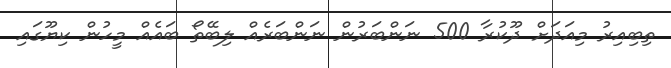
ތިބިއިރު މިއަދަށް ދޫކުރާ 500 ނަންބަރުން ނަންބަރެއް ލިބޭތޯ ބައެއް މީހުން ކިޔޫގައި